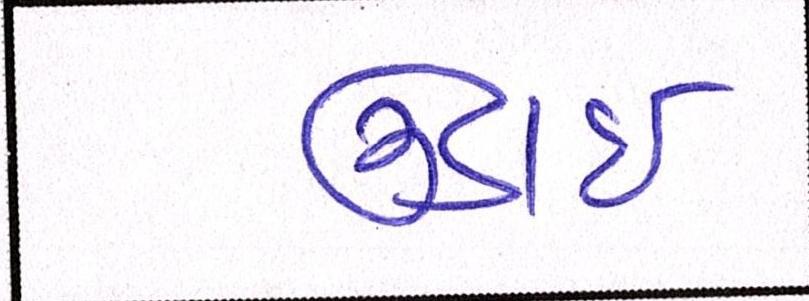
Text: ઉંડાઈ